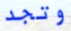
وتجد